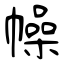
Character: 幧